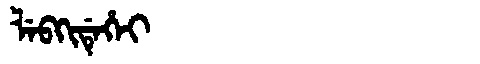
Manchu: ᠯᡝᠪᡴᡳᡩᡝᡥᡝᡳ
Romanization: LEBKIDEHEI